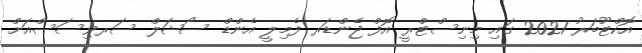
އޮކްޓޫބަރު 2021 ގައި މިނިސްޓްރީ އޮފް ޖެންޑަރ ފެމިލީ އެންޑް ސޯޝަލް ސަރވިސަސްއަށް